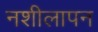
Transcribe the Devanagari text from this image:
नशीलापन